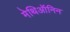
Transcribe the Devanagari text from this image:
मेथिऑनिन